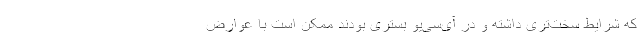
که شرایط سخت‌تری داشته و در آی‌سی‌یو بستری بودند ممکن است با عوارض